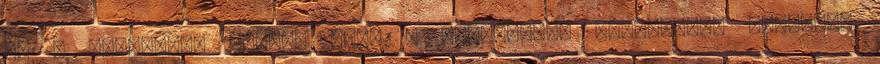
ha a megfelelő étrend rend a környéken. Zsírégetők működnek